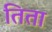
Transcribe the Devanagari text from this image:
तिता